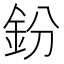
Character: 鈖